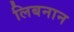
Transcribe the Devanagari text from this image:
लिबनान